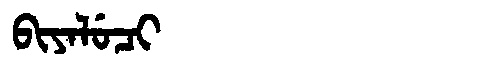
Manchu: ᠪᡳᠶᠠᠯᡠᠴᡳ
Romanization: BIYALUCI